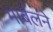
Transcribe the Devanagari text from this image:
मार्बलने